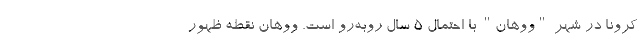
کرونا در شهر "ووهان" با احتمال 5 سال روبه‌رو است. ووهان نقطه ظهور